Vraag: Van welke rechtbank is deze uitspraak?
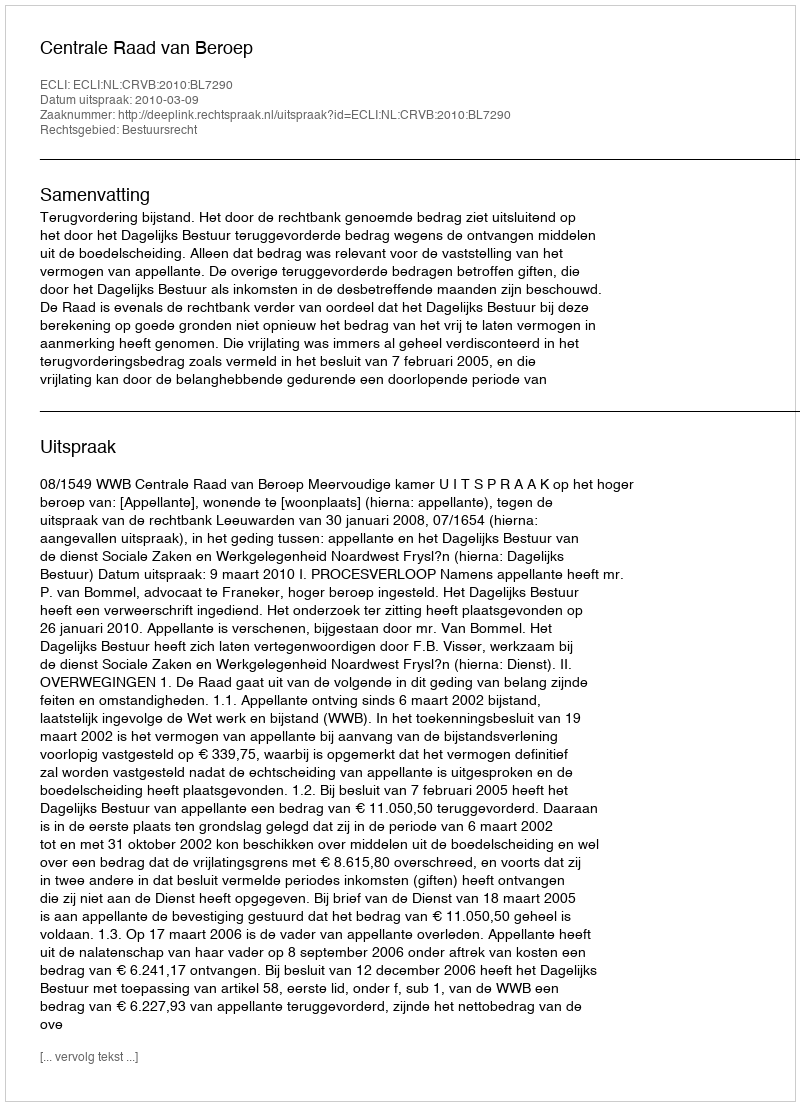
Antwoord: Centrale Raad van Beroep